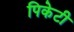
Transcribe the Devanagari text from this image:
पिकेटी